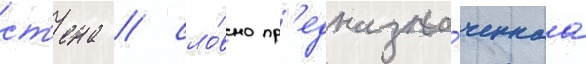
ст'ена / сло́вно пр'едназна́ченнаа